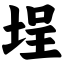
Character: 埕